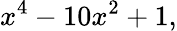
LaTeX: x^{4}-10x^{2}+1,